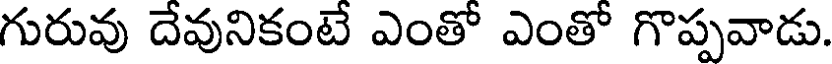
గురువు దేవునికంటే ఎంతో ఎంతో గొప్పవాడు.